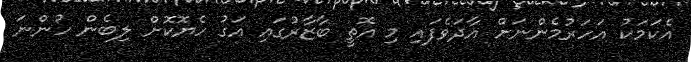
އެކަމަކު އަހަރުމެންނަށް އާދަވެފައި މި އޮތީ ބާޒާރުގައި އަގު ހެޔޮކޮށް ލިބެން ހުންނަ